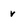
Character: v